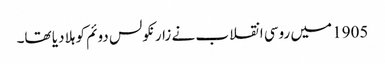
1905 میں روسی انقلاب نے زار نکولس دوئم کو ہلا دیا تھا۔